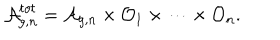
{ \cal A } _ { g , n } ^ { t o t } = { \cal A } _ { g , n } \times { \cal O } _ { 1 } \times \dots \times { \cal O } _ { n } .